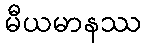
မီယမာနဿ